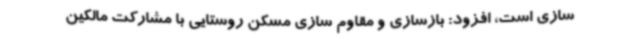
سازی است، افزود: بازسازی و مقاوم سازی مسکن روستایی با مشارکت مالکین